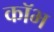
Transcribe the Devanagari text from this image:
कॉभ